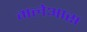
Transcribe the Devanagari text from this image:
मलेआस